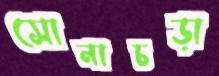
সোনাচড়া